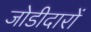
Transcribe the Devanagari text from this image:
जोडीदारों